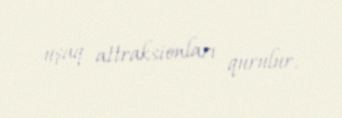
uşaq attraksionları qurulur.